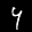
Label: 4